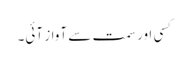
کسی اور سمت سے آواز آئی۔